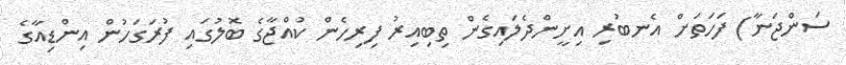
ސަންޖަނާ) ފަހަތަށް އެނބުރި އިށީންދެލައިގެން ތިބިއިރު ފިރިހެން ކުއްޖާގެ ބޮލުގައި ފުރަގަހުން އިންޑިއާގެ